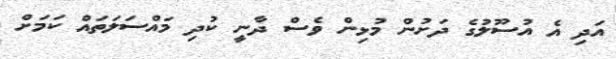
އަދި އެ އުސޫލުގެ ދަށުން މުޅިން ވެސް ދާނީ ކުދި މައްސަލަތައް ކަމަށް